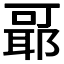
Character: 𬚞